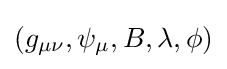
(g_{\mu \nu },\psi _{\mu },B,\lambda ,\phi )